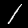
Label: 1